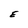
Character: E